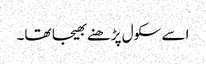
اسے سکول پڑھنے بھیجا تھا۔